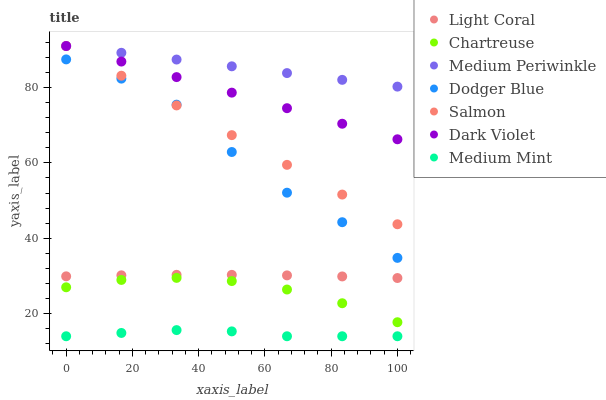
| xaxis_label | Light Coral | Chartreuse | Medium Periwinkle | Dodger Blue | Salmon | Dark Violet | Medium Mint |
 | --- | --- | --- | --- | --- | --- | --- | --- |
 | 0 | 29.9 | 27 | 91 | 87.4 | 91 | 91 | 14 |
 | 16.7 | 30.2 | 28.9 | 89.2 | 82.3 | 83.1 | 86.9 | 14.9 |
 | 33.3 | 30.3 | 29.5 | 87.4 | 75.4 | 75.2 | 82.8 | 15.6 |
 | 50 | 30.3 | 28.6 | 85.6 | 62.9 | 67.4 | 78.6 | 15.3 |
 | 66.7 | 30.1 | 26.4 | 83.8 | 52.1 | 59.5 | 74.5 | 14 |
 | 83.3 | 29.9 | 22.8 | 82 | 44.3 | 51.6 | 70.4 | 14 |
 | 100 | 29.4 | 17.7 | 80.2 | 34.8 | 43.7 | 66.3 | 14 |